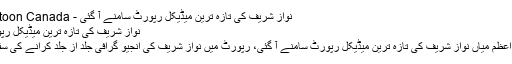
نواز شریف کی تازہ ترین میڈیکل رپورٹ سامنے آ گئی - PCCA Saskatoon Canada
نواز شریف کی تازہ ترین میڈیکل رپورٹ سامنے آ گئی
لاہور: سابق وزیر اعظم میاں نواز شریف کی تازہ ترین میڈیکل رپورٹ سامنے آ گئی، رپورٹ میں نواز شریف کی انجیو گرافی جلد از جلد کرانے کی سفارش کی گئی ہے۔